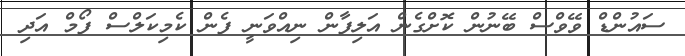
ސައުންޑް ވޭވްސް ބޭނުން ކޮށްގެން އަލިފާން ނިއްވަނީ ފެން ކެމިކަލްސް ފޯމް އަދި